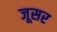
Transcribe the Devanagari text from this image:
जूसर